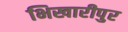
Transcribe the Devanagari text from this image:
भिखारीपुर